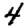
Digit: 4